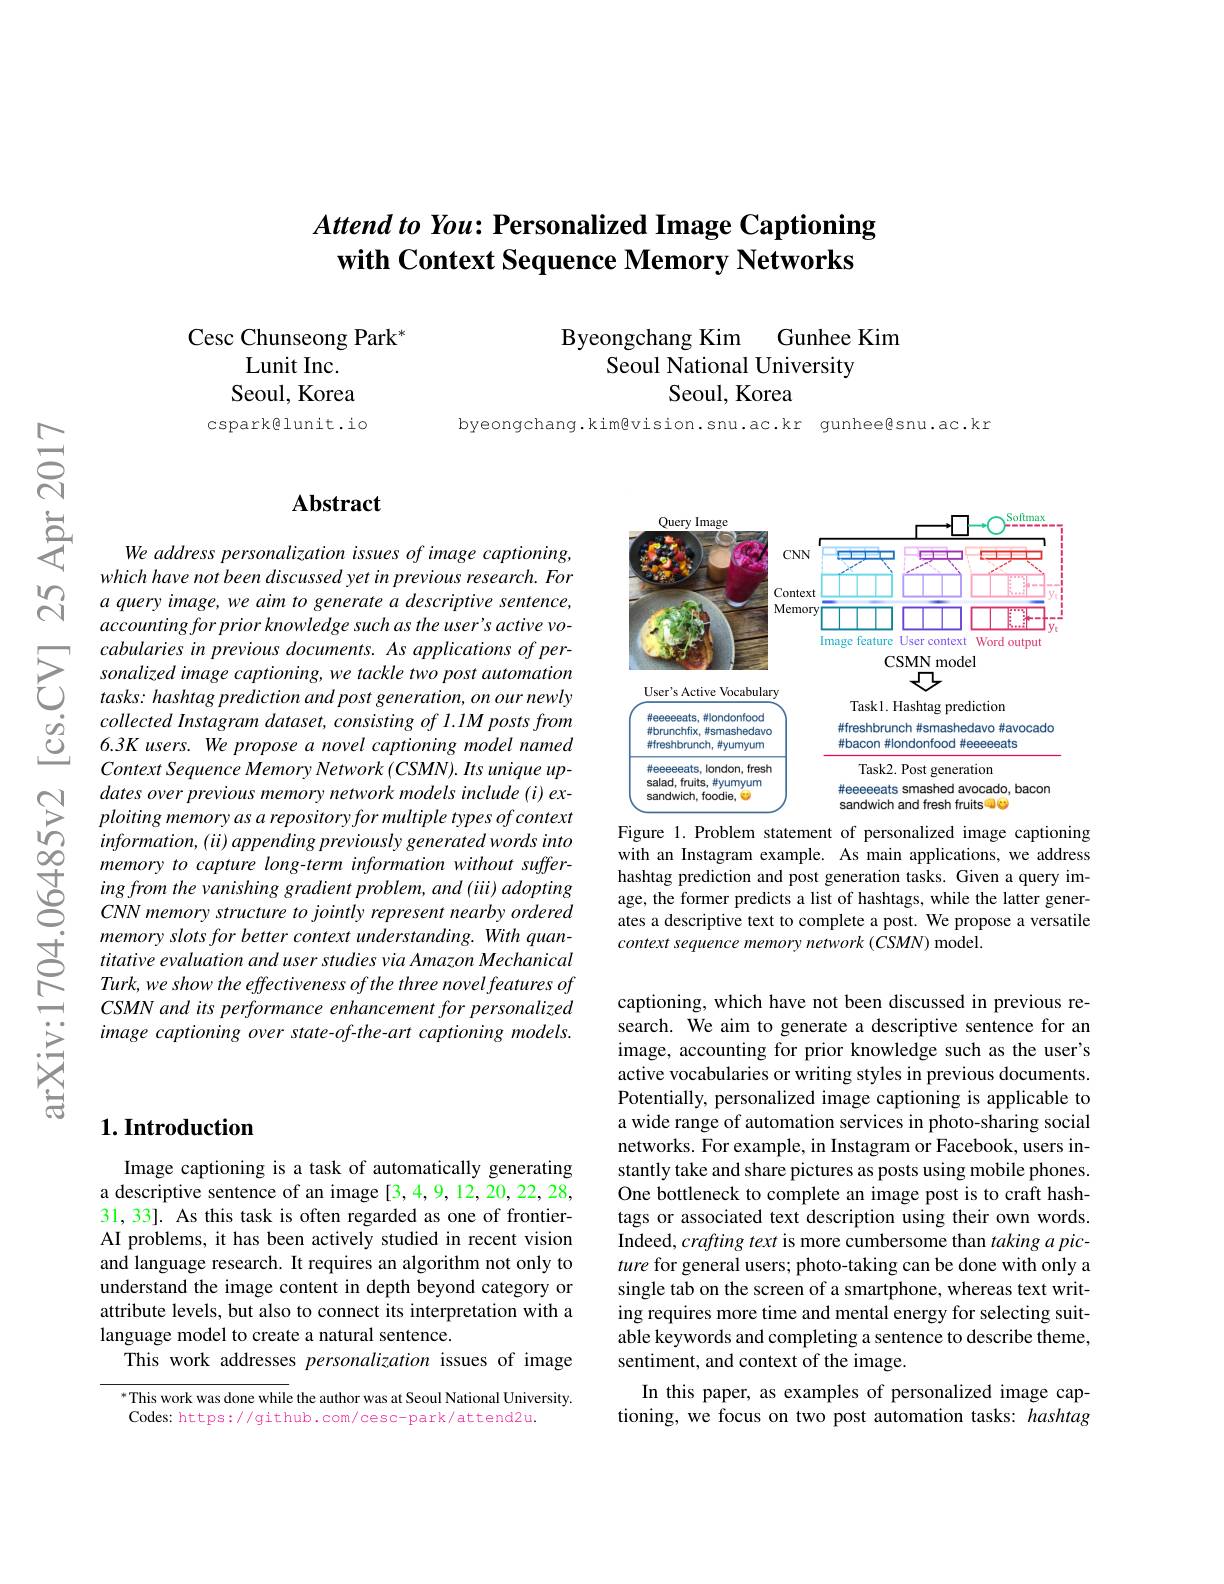
# Attend to You: Personalized Image Captioning with Context Sequence Memory Networks

Gunhee Kim
Byeongchang Kim
Seoul National University
Seoul, Korea

Cesc Chunseong Park$^*$
Lunit Inc.
Seoul, Korea cspark@lunit.io

byeongchang.kim@vision.snu.ac.kr gunhee@snu.ac.kr

### $\mathbf{Abstract}$

We address personalization issues of image captioning, which have not been discussed yet in previous research. For a query image, we aim to generate a descriptive sentence, accounting for prior knowledge such as the user's active vo-
$\sum_{\begin{aligned}&\text{cabularies in previous documents. As applications of per-}\\&\text{sonalized image captioning, we tackle two post automation}\\&\text{tasks: hashtag prediction and post generation, on our newly}\end{aligned}}$ $\begin{array}{lll}{\dot{o}}&{collected~Instagram~dataset,~consisting~of~l.IM~posts~from}\\{\dot{O}}&{6.3K~users.~We~propose~a~novel~captioning~model~named}\end{array}$
Context Sequence Memory Network (CSMN). Its unique updates over previous memory network models include (i) exploiting memory as a repository for multiple types of context information, ( ii) appending previously generated words into memory to capture long-term information without suffering from the vanishing gradient problem, and (iiii) adopting CNN memory structure to jointly represent nearby ordered memory slots for better context understanding. With quantitative evaluation and user studies via Amazon Mechanical Turk, we show the effectiveness of the three novel features of CSMN and its performance enhancement for personalized image captioning over state-of-the-art captioning models

<FigureHere>

Figure 1.Problem statement of personalized image captioning with an Instagram example. As main applications, we address hashtag prediction and post generation tasks. Given a query image, the former predicts a list of hashtags, while the latter generates a descriptive text to complete a post. We propose a versatile context sequence memory network (CSMN) model.

captioning, which have not been discussed in previous research. We aim to generate a descriptive sentence for an image, accounting for prior knowledge such as the user's active vocabularies or writing styles in previous documents. Potentially, personalized image captioning is applicable to a wide range of automation services in photo-sharing social networks. For example, in Instagram or Facebook, users instantly take and share pictures as posts using mobile phones. One bottleneck to complete an image post is to craft hashtags or associated text description using their own words. Indeed, crafting text is more cumbersome than taking a picture for general users; photo-taking can be done with only a single tab on the screen of a smartphone, whereas text writing requires more time and mental energy for selecting suitable keywords and completing a sentence to describe theme, sentiment, and context of the image.
In this paper, as examples of personalized image cap-

tioning, we focus on two post automation tasks: hashtag

# 1. Introduction

Image captioning is a task of automatically generating a descriptive sentence of an image [3,4,9,12,20,22,28, 31, 33]. As this task is often regarded as one of frontierAI problems, it has been actively studied in recent vision and language research. It requires an algorithm not only to understand the image content in depth beyond category or attribute levels, but also to connect its interpretation with a language model to create a natural sentence.
This work addresses personalization issues of image

* This work was done while the author was at Seoul National University.
Codes: https://github.com/cesc-park/attend2u.